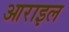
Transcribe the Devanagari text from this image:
आराइल